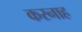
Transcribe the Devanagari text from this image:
करनाह